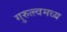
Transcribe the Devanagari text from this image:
गुरुत्त्वमध्य